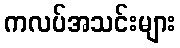
ကလပ်အသင်းများ